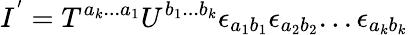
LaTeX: I^{'}=T^{a_{k}...a_{1}}U^{b_{1}...b_{k}}\epsilon_{a_{1}b_{1}}\epsilon_{a_{2}b_{2}}...\epsilon_{a_{k}b_{k}}